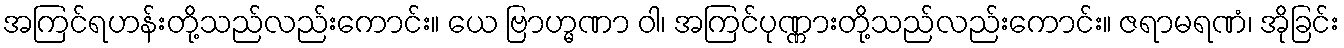
အကြင်ရဟန်းတို့သည်လည်းကောင်း။ ယေ ဗြာဟ္မဏာ ဝါ၊ အကြင်ပုဏ္ဏားတို့သည်လည်းကောင်း။ ဇရာမရဏံ၊ အိုခြင်း